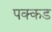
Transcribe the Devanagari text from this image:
पक्कड